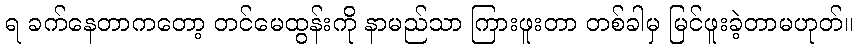
ရ ခက်နေတာကတော့ တင်မေထွန်းကို နာမည်သာ ကြားဖူးတာ တစ်ခါမှ မြင်ဖူးခဲ့တာမဟုတ်။